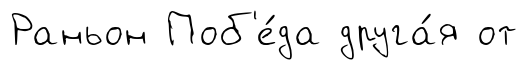
Раньон Поб'е́да друга́я от